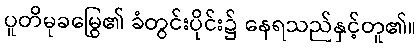
ပူတိမုခမြွေ၏ ခံတွင်းပိုင်း၌ နေရသည်နှင့်တူ၏။